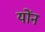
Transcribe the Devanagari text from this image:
योंन